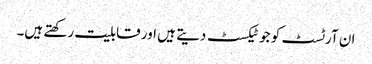
ان آرٹسٹ کو جو ٹیکسٹ دیتے ہیں اور قابلیت رکھتے ہیں۔